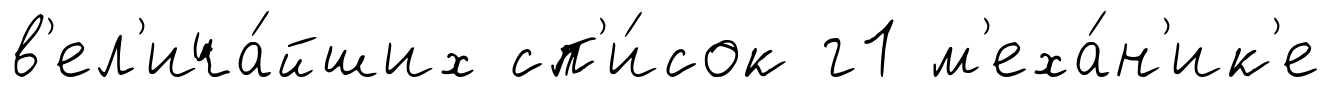
в'ел'ича́йших сп'и́сок г1 м'еха́н'ик'е